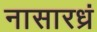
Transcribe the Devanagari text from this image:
नासारध्रं